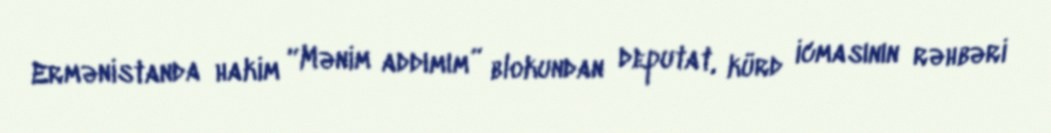
Ermənistanda hakim “Mənim addımım” blokundan deputat, kürd icmasının rəhbəri